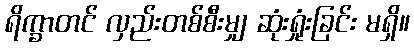
ရိက္ခာတင် လှည်းတစ်စီးမျှ ဆုံးရှုံးခြင်း မရှိ။